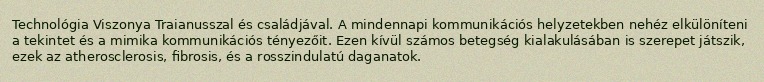
Technológia Viszonya Traianusszal és családjával. A mindennapi kommunikációs helyzetekben nehéz elkülöníteni a tekintet és a mimika kommunikációs tényezőit. Ezen kívül számos betegség kialakulásában is szerepet játszik, ezek az atherosclerosis, fibrosis, és a rosszindulatú daganatok.